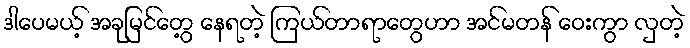
ဒါပေမယ့် အခုမြင်တွေ့ နေရတဲ့ ကြယ်တာရာတွေဟာ အင်မတန် ဝေးကွာ လှတဲ့